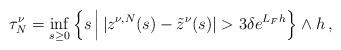
LaTeX: \begin{align*} \tau^{\nu}_N = \inf_{s \ge 0} \Big\{s\,\Big|\, |z^{\nu,N}(s)-\tilde{z}^\nu(s)| > 3\delta e^{L_F h}\Big\} \wedge h \,, \end{align*}